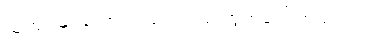
ယူကျုံးမရသော ညည်းညူသံ ထွက်ပေါ်လာသည်။